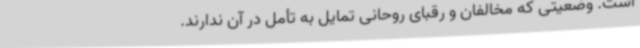
است. وضعیتی که مخالفان و رقبای روحانی تمایل به تأمل در آن ندارند.